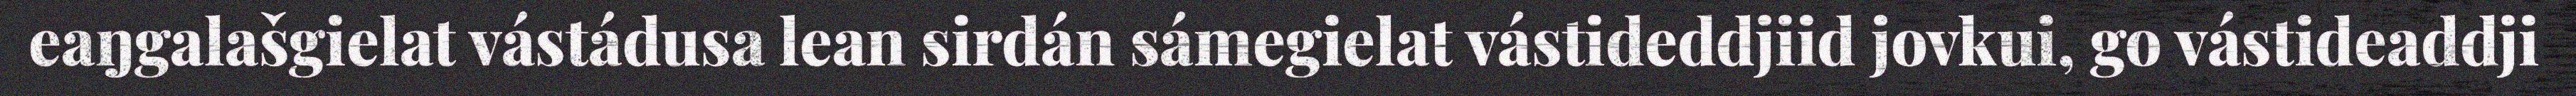
eaŋgalašgielat vástádusa lean sirdán sámegielat vástideddjiid jovkui, go vástideaddji